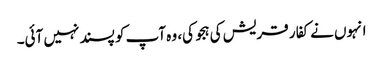
انہوں نے کفار قریش کی ہجو کی، وہ آپ کو پسند نہیں آئی۔